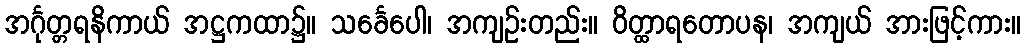
အင်္ဂုတ္တရနိကာယ် အဋ္ဌကထာ၌။ သင်္ခေပေါ၊ အကျဉ်းတည်း။ ဝိတ္ထာရတောပန၊ အကျယ် အားဖြင့်ကား။